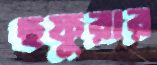
ছফুরার